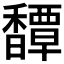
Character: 𩡝